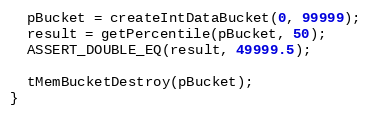
Language: C++
  pBucket = createIntDataBucket(0, 99999);
  result = getPercentile(pBucket, 50);
  ASSERT_DOUBLE_EQ(result, 49999.5);

  tMemBucketDestroy(pBucket);
}